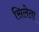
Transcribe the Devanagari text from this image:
सिलेता